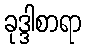
ခုဒ္ဒါစာရာ